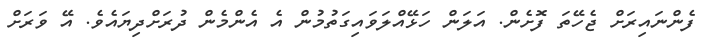
ފެންނައިރަށް ޖެހޭތަ ފޮށެން. އަލަން ހަޅޭއްލަވައިގަތުމުން އެ އެންމެން ދުރަށްދިޔައެވެ. އޭ ވަރަށް